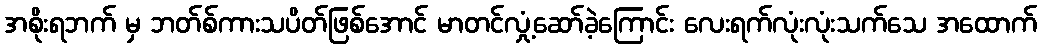
အစိုးရဘက် မှ ဘတ်စ်ကားသပိတ်ဖြစ်အောင် မာတင်လှုံ့ဆော်ခဲ့ကြောင်း လေးရက်လုံးလုံးသက်သေ အထောက်